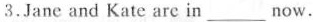
3.Jane and Kate are in ___ now.